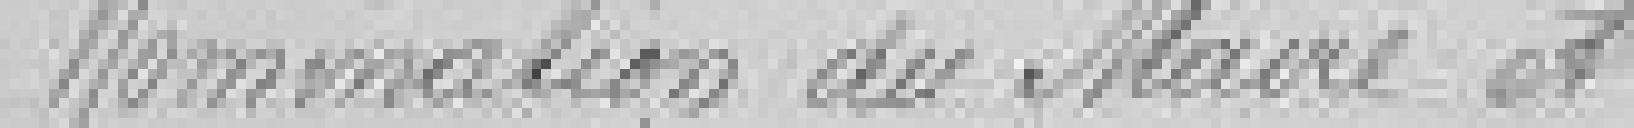
Nomination du Maire et